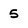
Character: 5